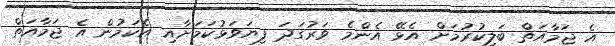
އެ ޖަމާއަތް ބަލިކުރުމަށް އެޅޭ އެންމެ ވަރުގަދަ ފިޔަވަޅުކަމަށާއި އެކަމުން އެ ޖަމާއަތް